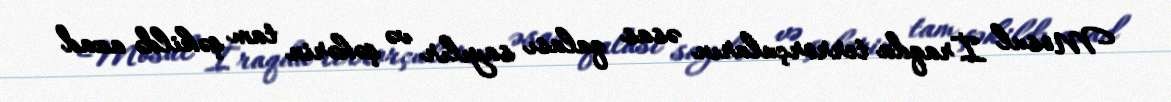
Mosul İraqda terrorçuların əsas qalası sayılır və şəhərin tam şəkildə azad